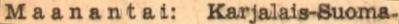
Maanantai:  Karjalais-Suoma-